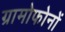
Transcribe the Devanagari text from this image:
ग्रामोफोनों